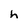
Character: h